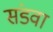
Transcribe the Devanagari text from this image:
संडवा